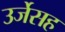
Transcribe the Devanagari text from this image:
उर्जेसह